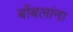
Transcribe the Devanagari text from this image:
बोंबलांना